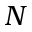
N